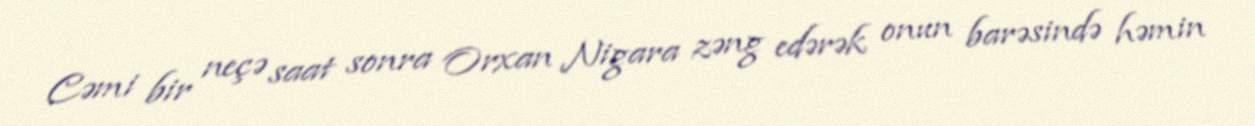
Cəmi bir neçə saat sonra Orxan Nigara zəng edərək onun barəsində həmin